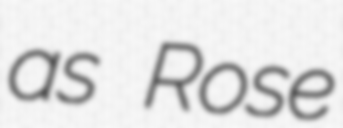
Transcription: as Rose